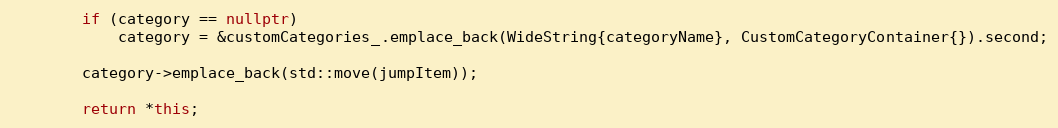
Language: C++
        if (category == nullptr)
            category = &customCategories_.emplace_back(WideString{categoryName}, CustomCategoryContainer{}).second;

        category->emplace_back(std::move(jumpItem));

        return *this;